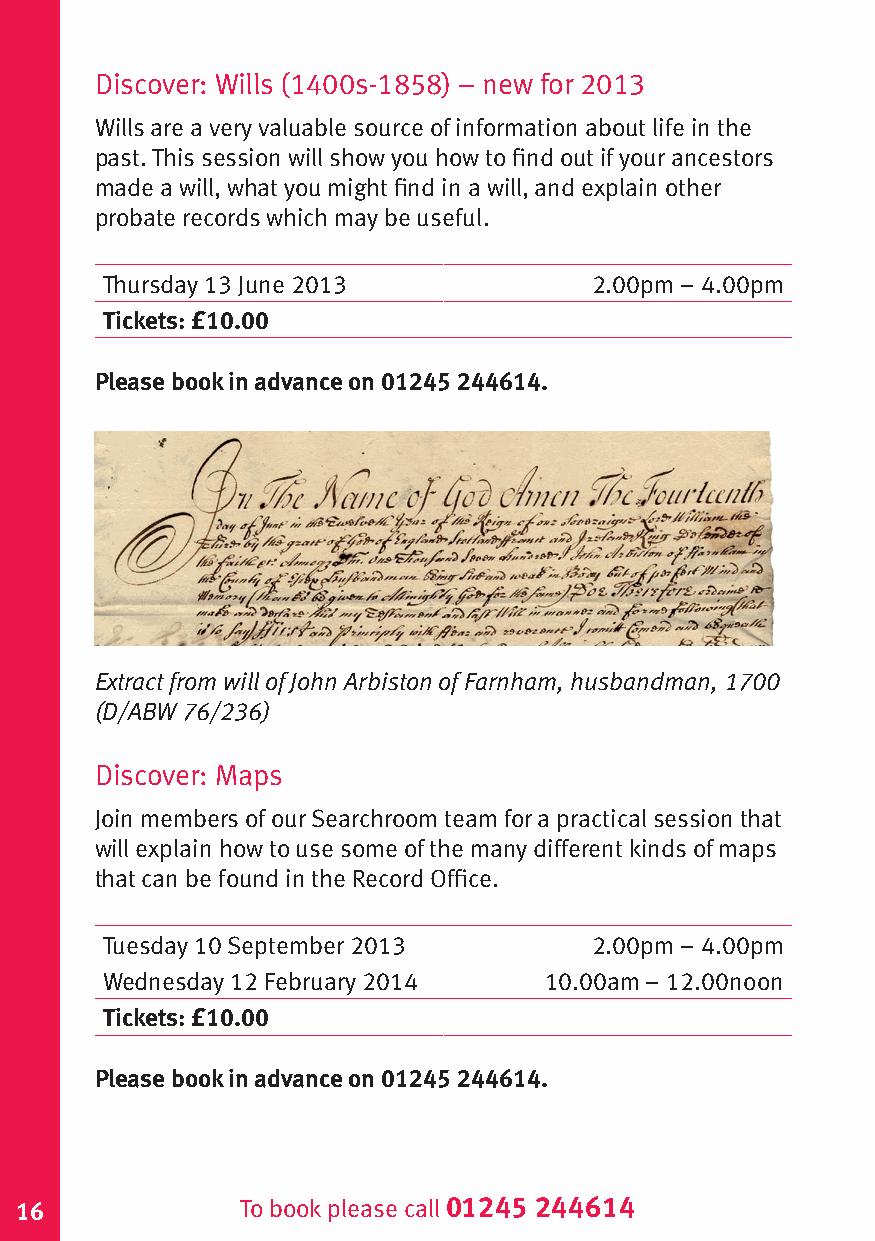
Discover: Wills (1400s-1858) – new for 2013
 Wills are a very valuable source of information about life in the
 past. This session will show you how to find out if your ancestors
 made a will, what you might find in a will, and explain other
 probate records which may be useful.
 Thursday 13 June 2013           2.00pm – 4.00pm
 Tickets: £10.00
 Please book in advance on 01245 244614.
 Extract from will of John Arbiston of Farnham, husbandman, 1700
 (D/ABW 76/236)
 Discover: Maps
 Join members of our Searchroom team for a practical session that
 will explain how to use some of the many different kinds of maps
 that can be found in the Record Office.
 Tuesday 10 September 2013       2.00pm – 4.00pm
 Wednesday 12 February 2014   10.00am – 12.00noon
 Tickets: £10.00
 Please book in advance on 01245 244614.
 16             To book please call 01245 244614